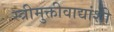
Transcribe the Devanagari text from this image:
स्त्रीमुक्तीवाद्यांशी